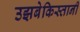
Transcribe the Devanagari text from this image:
उझबेकिस्तानी